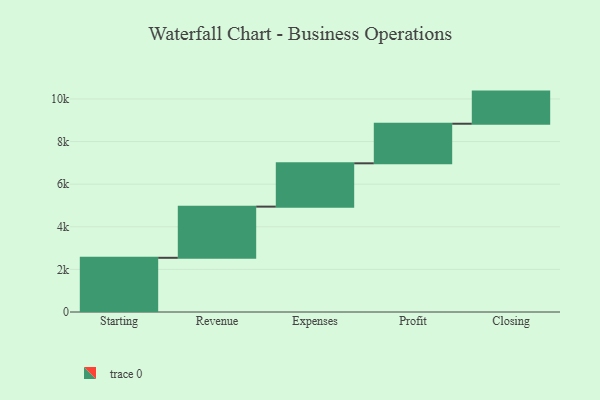
{"axis": {"x": "Step", "y": "Value"}, "legend": [""], "data": [{"x": "Starting", "y": 2544.0, "type": ""}, {"x": "Revenue", "y": 2402.0, "type": ""}, {"x": "Expenses", "y": 2033.0, "type": ""}, {"x": "Profit", "y": 1858.0, "type": ""}, {"x": "Closing", "y": 1508.0, "type": ""}]}